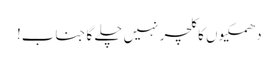
دھمکیوں کا کلچر نہیں چلے گا جناب!